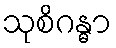
သုစိဂန္ဓာ